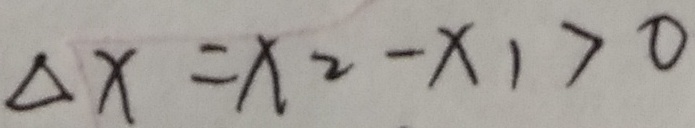
\Delta x = x _ { 2 } - x _ { 1 } > 0